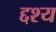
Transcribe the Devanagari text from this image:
द्दश्य